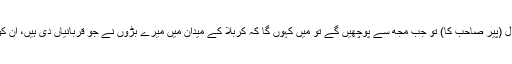
اور رہا میرا سوال (پیر صاحب کا) تو جب مجھ سے پوچھیں گے تو مَیں کہوں گا کہ کربلا کے میدان میں میرے بڑوں نے جو قربانیاں دی ہیں، اُن کو بھول گئے ہو؟